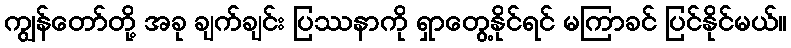
ကျွန်တော်တို့ အခု ချက်ချင်း ပြဿနာကို ရှာတွေ့နိုင်ရင် မကြာခင် ပြင်နိုင်မယ်။